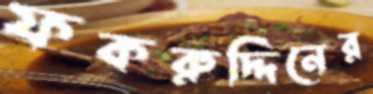
ফকরুদ্দিনের